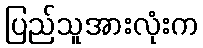
ပြည်သူအားလုံးက